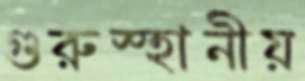
গুরুস্হানীয়